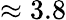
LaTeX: \approx 3.8